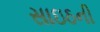
સાઇઠની